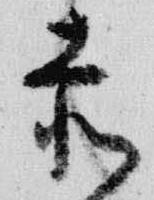
赤